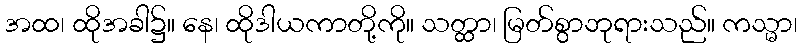
အထ၊ ထိုအခါ၌။ နေ၊ ထိုဒါယကာတို့ကို။ သတ္ထာ၊ မြတ်စွာဘုရားသည်။ ကသ္မာ၊